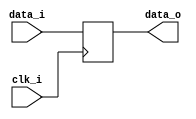
// This program was cloned from: https://github.com/NYU-MLDA/OpenABC
// License: BSD 3-Clause "New" or "Revised" License

module bsg_dff_width_p35
(
  clk_i,
  data_i,
  data_o
);

  input [34:0] data_i;
  output [34:0] data_o;
  input clk_i;
  reg [34:0] data_o;

  always @(posedge clk_i) begin
    if(1'b1) begin
      { data_o[34:0] } <= { data_i[34:0] };
    end 
  end


endmodule